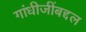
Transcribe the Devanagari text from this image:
गांधीजींबद्दल